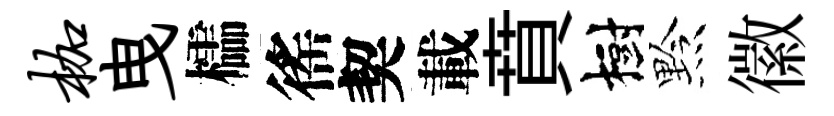
枷曳櫺徭契載賁樹黔徽